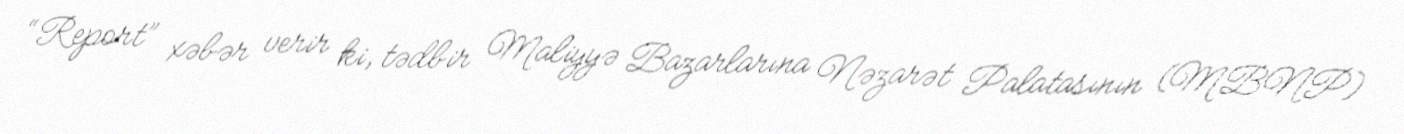
“Report” xəbər verir ki, tədbir Maliyyə Bazarlarına Nəzarət Palatasının (MBNP)